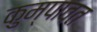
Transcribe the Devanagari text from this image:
कुम्पावत